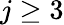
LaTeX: j\ge 3